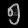
Digit: ၅